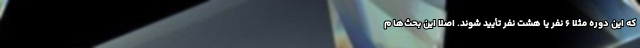
که این دوره مثلاً ۶ نفر یا هشت نفر تأیید شوند. اصلاً این بحث‌ها م